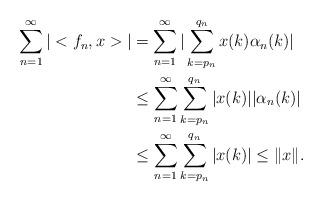
LaTeX: \begin{align*}\sum_{n=1}^{\infty}|<f_{n},x>|&=\sum_{n=1}^{\infty}|\sum_{k=p_{n}}^{q_{n}}x(k)\alpha_{n}(k)|\\&\leq \sum_{n=1}^{\infty}\sum_{k=p_{n}}^{q_{n}}|x(k)||\alpha_{n}(k)|\\&\leq \sum_{n=1}^{\infty}\sum_{k=p_{n}}^{q_{n}}|x(k)|\leq \|x\|.\\\end{align*}